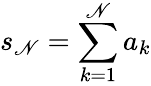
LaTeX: s_{\mathscr{N}}=\sum\limits_{k=1}^{\mathscr{N}}a_{k}